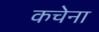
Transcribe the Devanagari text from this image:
कचेना